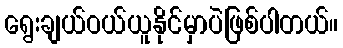
ရွေးချယ်ဝယ်ယူနိုင်မှာပဲဖြစ်ပါတယ်။